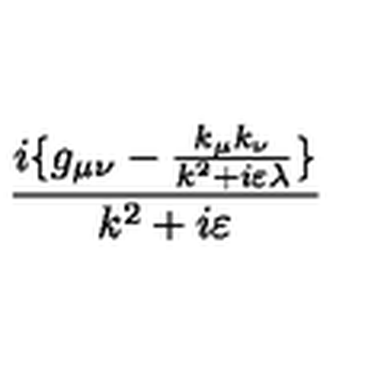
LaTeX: \frac { i \{ g _ { \mu \nu } - \frac { k _ { \mu } k _ { \nu } } { k ^ { 2 } + i \varepsilon \lambda } \} } { k ^ { 2 } + i \varepsilon }